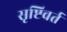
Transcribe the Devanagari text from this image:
सृष्टिवर्त